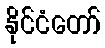
နိုင်ငံတော်